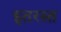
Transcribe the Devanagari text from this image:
इतरस्त